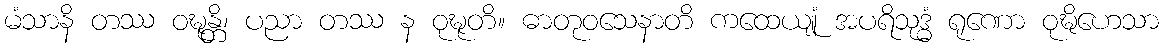
မံသာနိ တဿ ဝဍ္ဎုန္တိ၊ ပညာ တဿ န ဝုဍ္ဎုတိ။ ဓာတုဝသေနာတိ ကထေယျုံ အပရိသုဒ္ဓံ ရုဏော ဝုဍ္ဎိဟေသာ